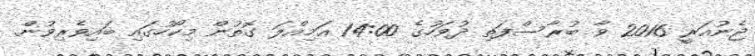
ޖެނުއަރީ 2016 ވާ ބުރާސްފަތި ދުވަހުގެ 14:00 އަމިއްލަ ގޮތުން މިކޯހުގައި ބައިވެރިވުން.